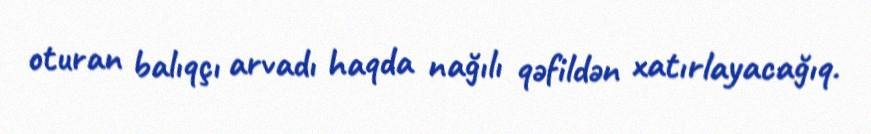
oturan balıqçı arvadı haqda nağılı qəfildən xatırlayacağıq.